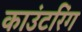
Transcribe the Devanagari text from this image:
काउंटरिंग